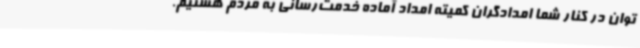
توان در کنار شما امدادگران کمیته امداد آماده خدمت‌رسانی به مردم هستیم.